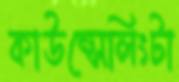
কাউন্সেলিংটা